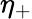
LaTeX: \eta_{+}